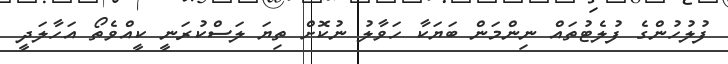
ފުލުހުންގެ ފުލެޓުތައް ނިންމަން ބަޔަކާ ހަވާލު ނުކޮށް ތިޔަ ލަސްކުރަނީ ކީއްވެތޯ އަހާލަދީ